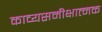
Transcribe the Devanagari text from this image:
काव्यसमीक्षात्मक